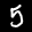
Label: 5